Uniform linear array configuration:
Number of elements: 16
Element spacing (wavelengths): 0.25
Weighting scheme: hamming
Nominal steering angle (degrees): -45
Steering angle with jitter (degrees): -45.053
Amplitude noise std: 0.05
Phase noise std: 0.05

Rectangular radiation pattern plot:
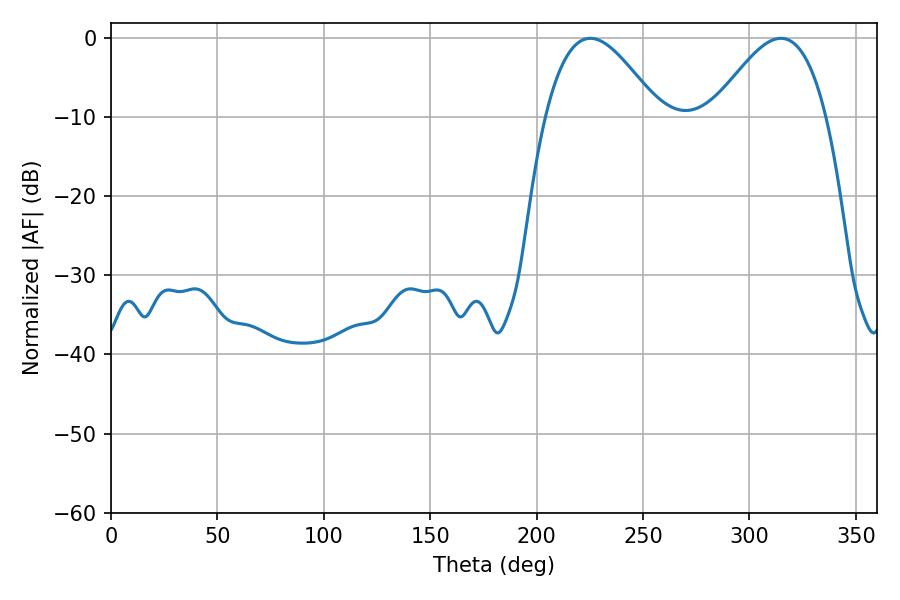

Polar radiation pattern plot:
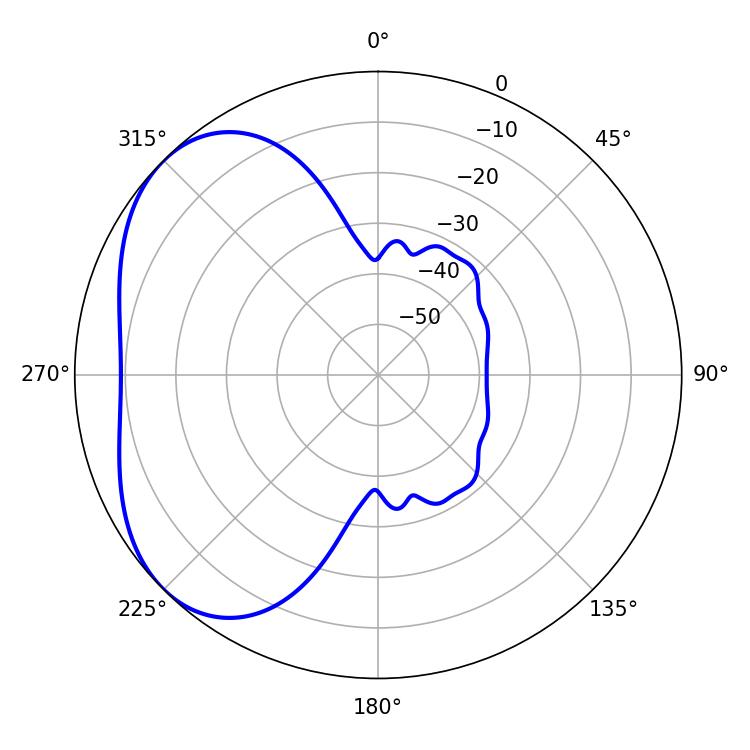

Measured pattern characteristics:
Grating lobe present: FALSE
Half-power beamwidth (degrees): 28.8
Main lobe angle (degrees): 225.18